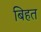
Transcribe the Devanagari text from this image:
बिहत